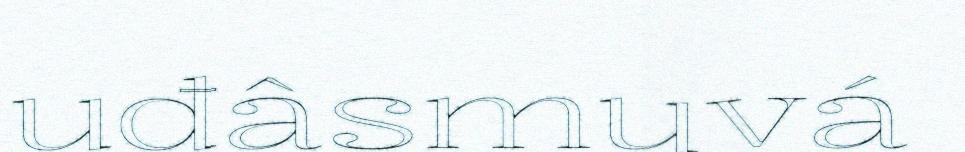
uđâsmuvá